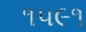
૧૫૯૧